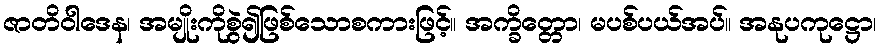
ဇာတိဝါဒေန၊ အမျိုးကိုစွဲ၍ဖြစ်သောစကားဖြင့်။ အက္ခိတ္တော၊ မပစ်ပယ်အပ်။ အနုပကုဋ္ဌော၊